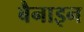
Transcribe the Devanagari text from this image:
बैनाइन